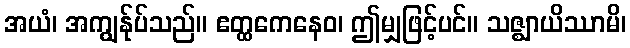
အယံ၊ အကျွန်ုပ်သည်။ ဧတ္ထကေနေဝ၊ ဤမျှဖြင့်ပင်။ သဇ္ဈာယိဿာမိ၊